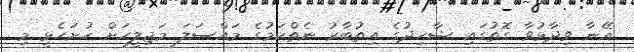
އޭނާ ވިދާޅުވާ ގޮތުގައި ޝާހިދުގެ އިތުބާރު ނެތްކަމުގެ މައްސަލަ މަޖިލީހަށް ހުށަހެޅީ މި